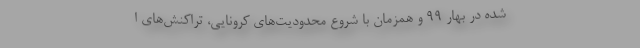
شده در بهار 99 و همزمان با شروع محدودیت‌های کرونایی، تراکنش‌های ا